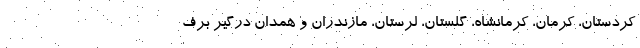
کردستان، کرمان، کرمانشاه، گلستان، لرستان، مازندران و همدان درگیر برف